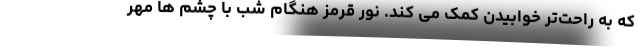
که به راحت‌تر خوابیدن کمک می کند. نور قرمز هنگام شب با چشم ها مهر